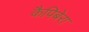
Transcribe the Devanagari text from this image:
कैपिबेरा